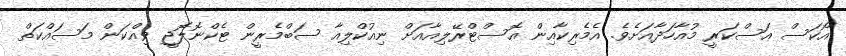
އޯކަސް އަސްކަރީ މުއާހަދާއަށެވެ. އެމެރިކާއިން އޮސްޓްރޭލިއާއަށް ނިއުކްލިއާ ސަބްމެރީން ޓެކްނޮލޮޖީ ވިއްކަން މަސައްކަތް